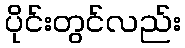
ပိုင်းတွင်လည်း